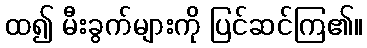
ထ၍ မီးခွက်များကို ပြင်ဆင်ကြ၏။